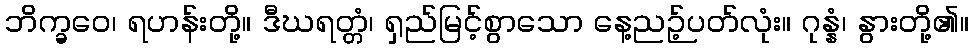
ဘိက္ခဝေ၊ ရဟန်းတို့။ ဒီဃရတ္တံ၊ ရှည်မြင့်စွာသော နေ့ညဉ့်ပတ်လုံး။ ဂုန္နံ၊ နွားတို့၏။